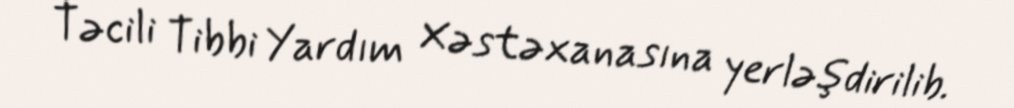
Təcili Tibbi Yardım Xəstəxanasına yerləşdirilib.